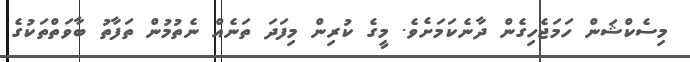
މިސެކްޝަން ހަމަޖެހިގެން ދާނެކަމަށެވެ. މީގެ ކުރިން މިފަދަ ތަނެއް ނެތުމުން ތަފާތު ބާވަތްތަކުގެ